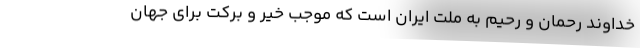
خداوند رحمان و رحیم به ملت ایران است که موجب خیر و برکت برای جهان